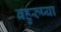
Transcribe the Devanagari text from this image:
बहुरुप्या